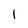
Character: I